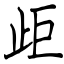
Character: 歫